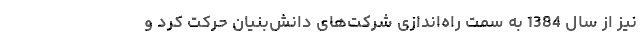
نیز از سال 1384 به سمت راه‌اندازی شركت‌های دانش‌بنیان حركت كرد و